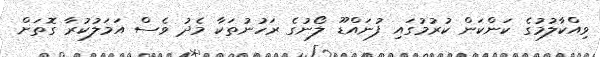
ވިއްކާލުމުގެ ކަންކަން ކުރުމުގައި ފުނައްޑޫ ލޯނުގެ ރަހުނުތަކާ މެދު ވެސް އަމަލުކުރާ ގޮތަށް